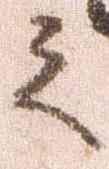
之